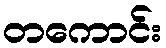
တကောင်း